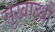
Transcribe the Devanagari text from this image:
सुखाब्धौ